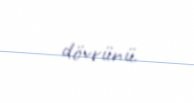
dövrünü.